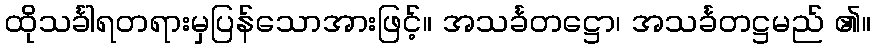
ထိုသင်္ခါရတရားမှပြန်သောအားဖြင့်။ အသင်္ခတဋ္ဌော၊ အသင်္ခတဋ္ဌမည် ၏။